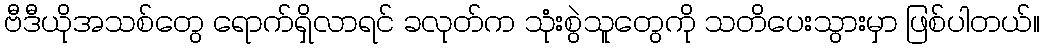
ဗီဒီယိုအသစ်တွေ ရောက်ရှိလာရင် ခလုတ်က သုံးစွဲသူတွေကို သတိပေးသွားမှာ ဖြစ်ပါတယ်။